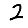
Digit: 2